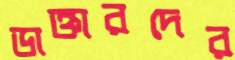
ডাক্তারদের